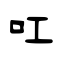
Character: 叿